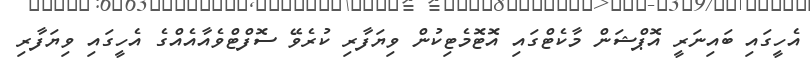
އެހީގައި ބައިނަރީ އޮޕްޝަން މާކެޓްގައި އޮޓޮމެޓިކުން ވިޔަފާރި ކުރެވޭ ސޮފްޓްވެއާއެއްގެ އެހީގައި ވިޔަފާރި